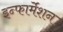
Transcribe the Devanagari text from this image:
इन्‍फार्मेशन